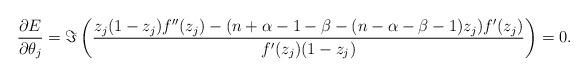
LaTeX: \begin{align*}\displaystyle\frac{\partial E}{\partial\theta_j}=\Im\left(\frac{z_j(1-z_j)f^{\prime\prime}(z_j)-(n+\alpha-1-\beta-(n-\alpha-\beta-1)z_j)f^{\prime}(z_j)}{f^{\prime}(z_j)(1-z_j)} \right)=0.\end{align*}